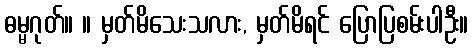
ဓမ္မဂုတ်။ ။ မှတ်မိသေးသလား, မှတ်မိရင် ပြောပြစမ်းပါဦး။